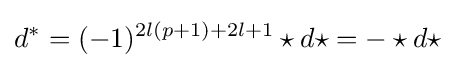
d^{*}=(-1)^{2l(p+1)+2l+1}\star d\star =-\star d\star